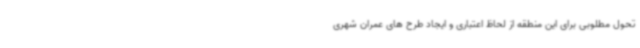
تحول مطلوبی برای این منطقه از لحاظ اعتباری و ایجاد طرح های عمران شهری